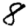
Digit: 8